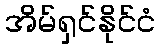
အိမ်ရှင်နိုင်ငံ